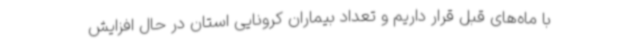
با ماه‌های قبل قرار داریم و تعداد بیماران کرونایی استان در حال افزایش